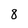
Character: 8